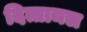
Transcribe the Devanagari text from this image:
दित्तामल